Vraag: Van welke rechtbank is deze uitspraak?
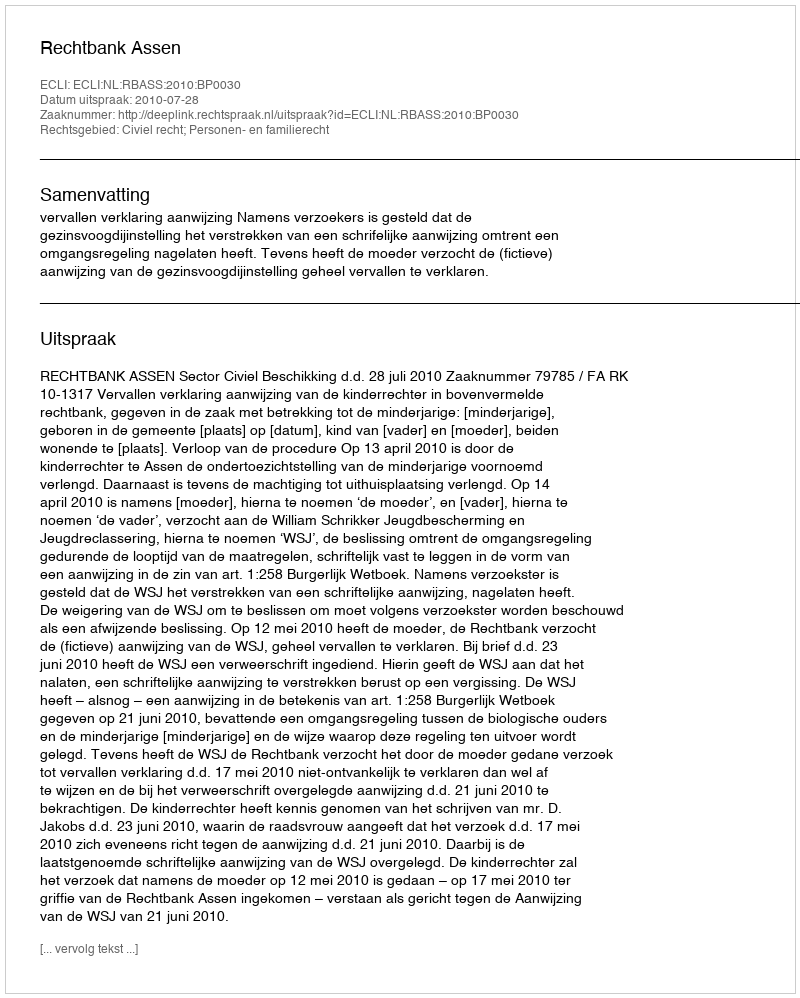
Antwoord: Rechtbank Assen